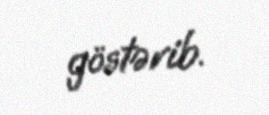
göstərib.